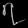
Digit: ၇